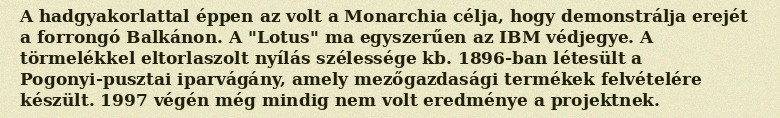
A hadgyakorlattal éppen az volt a Monarchia célja, hogy demonstrálja erejét a forrongó Balkánon. A "Lotus" ma egyszerűen az IBM védjegye. A törmelékkel eltorlaszolt nyílás szélessége kb. 1896-ban létesült a Pogonyi-pusztai iparvágány, amely mezőgazdasági termékek felvételére készült. 1997 végén még mindig nem volt eredménye a projektnek.